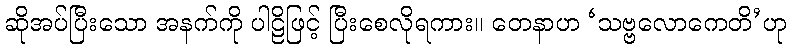
ဆိုအပ်ပြီးသော အနက်ကို ပါဠိဖြင့် ပြီးစေလိုရကား။ တေနာဟ ‘သဗ္ဗလောကေတိ’ဟု